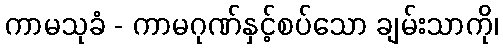
ကာမသုခံ - ကာမဂုဏ်နှင့်စပ်သော ချမ်းသာကို၊